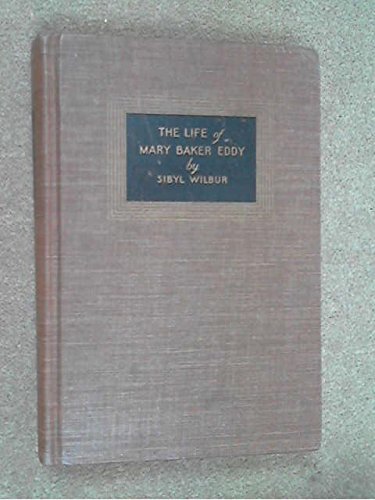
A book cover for The life of Mary Baker Eddy,; Sibyl Wilbur; Christian Books & Bibles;